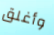
وأغلق